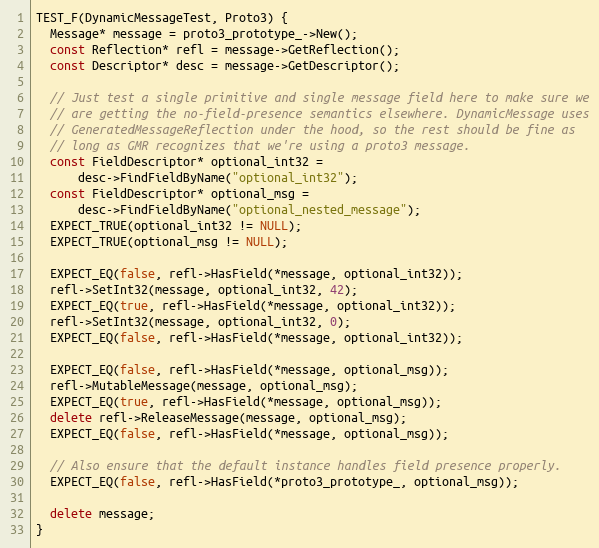
Language: C++
TEST_F(DynamicMessageTest, Proto3) {
  Message* message = proto3_prototype_->New();
  const Reflection* refl = message->GetReflection();
  const Descriptor* desc = message->GetDescriptor();

  // Just test a single primitive and single message field here to make sure we
  // are getting the no-field-presence semantics elsewhere. DynamicMessage uses
  // GeneratedMessageReflection under the hood, so the rest should be fine as
  // long as GMR recognizes that we're using a proto3 message.
  const FieldDescriptor* optional_int32 =
      desc->FindFieldByName("optional_int32");
  const FieldDescriptor* optional_msg =
      desc->FindFieldByName("optional_nested_message");
  EXPECT_TRUE(optional_int32 != NULL);
  EXPECT_TRUE(optional_msg != NULL);

  EXPECT_EQ(false, refl->HasField(*message, optional_int32));
  refl->SetInt32(message, optional_int32, 42);
  EXPECT_EQ(true, refl->HasField(*message, optional_int32));
  refl->SetInt32(message, optional_int32, 0);
  EXPECT_EQ(false, refl->HasField(*message, optional_int32));

  EXPECT_EQ(false, refl->HasField(*message, optional_msg));
  refl->MutableMessage(message, optional_msg);
  EXPECT_EQ(true, refl->HasField(*message, optional_msg));
  delete refl->ReleaseMessage(message, optional_msg);
  EXPECT_EQ(false, refl->HasField(*message, optional_msg));

  // Also ensure that the default instance handles field presence properly.
  EXPECT_EQ(false, refl->HasField(*proto3_prototype_, optional_msg));

  delete message;
}